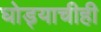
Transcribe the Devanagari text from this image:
घोड्याचीही